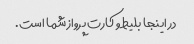
در اینجا بلیط و کارت پرواز شما است.